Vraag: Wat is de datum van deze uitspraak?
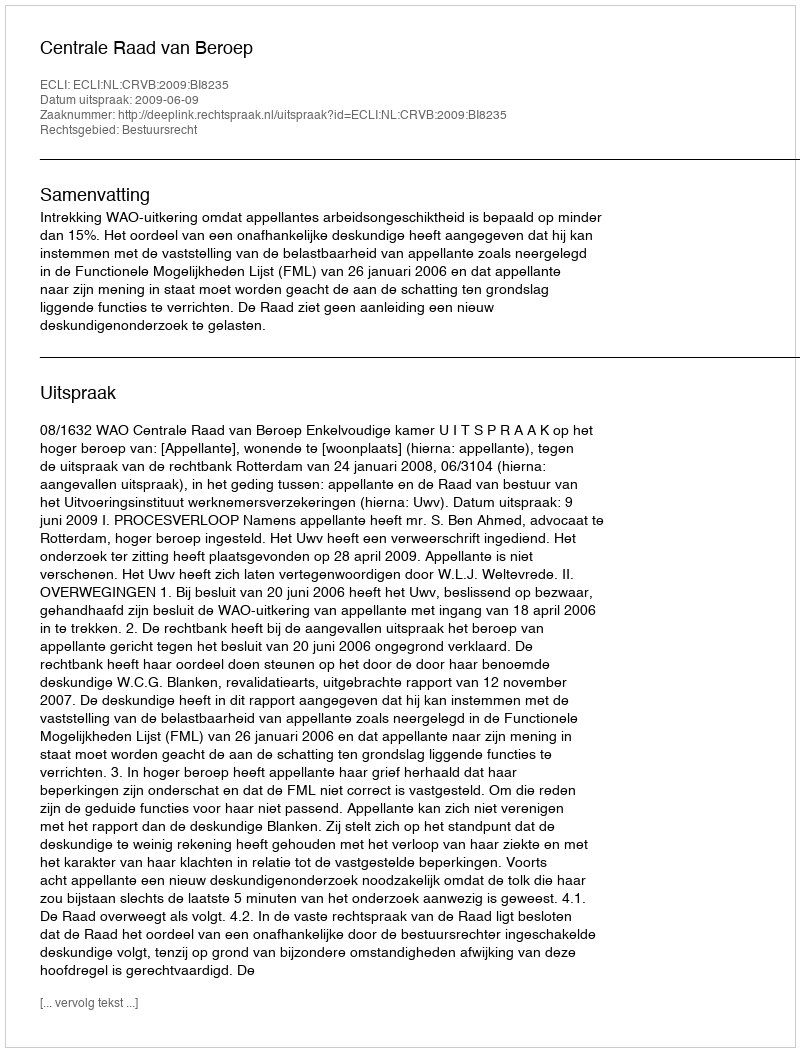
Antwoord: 2009-06-09